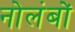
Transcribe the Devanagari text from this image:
नोलंबों